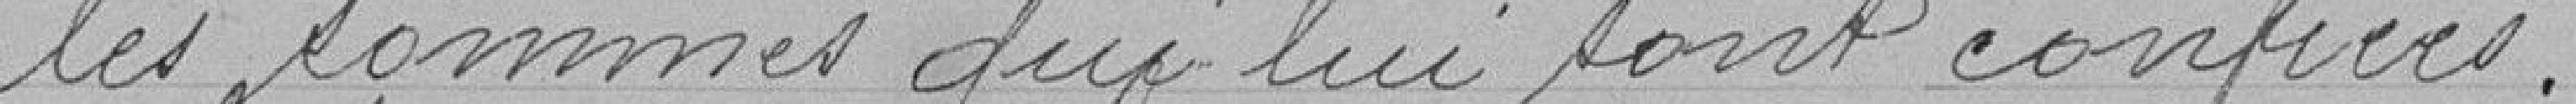
les sommes qui lui sont confiées.